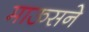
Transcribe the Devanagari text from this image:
माऊसने